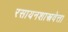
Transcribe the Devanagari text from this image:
रसायनशास्त्रवेत्ता